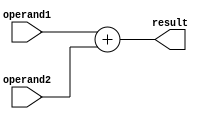
module adder (
    input [31:0] operand1,
    input [31:0] operand2,
    output [31:0] result
);

assign result = operand1 + operand2;

endmodule